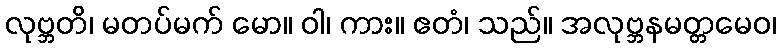
လုဗ္ဘတိ၊ မတပ်မက် မော။ ဝါ၊ ကား။ ဧတံ၊ သည်။ အလုဗ္ဘနမတ္တမေဝ၊